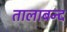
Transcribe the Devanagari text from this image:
तालाबन्द